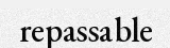
repassable